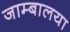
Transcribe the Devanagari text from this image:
जाम्बालया